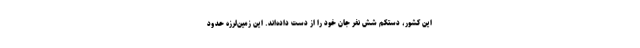
این کشور، دستکم شش نفر جان خود را از دست داده‌اند. این زمین‌لرزه حدود